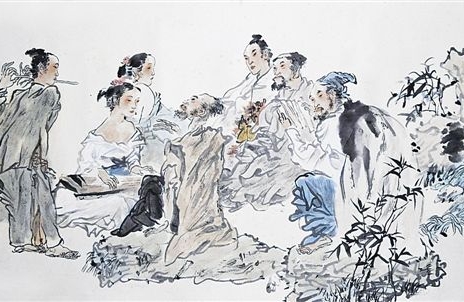
水调数声持酒听。午醉醒来愁未醒。